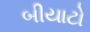
બીયાટો